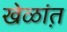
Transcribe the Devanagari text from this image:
खेळांत़